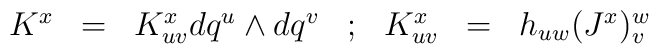
\begin{array}{ccccccc}K^x& = &K^x_{u v} d q^u \wedge d q^v & ; & K^x_{uv} &=&   h_{uw}(J^x)^w_v \cr\end{array}